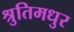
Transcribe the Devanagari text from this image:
श्रुतिमधुर